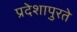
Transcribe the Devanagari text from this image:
प्रदेशापुरते